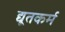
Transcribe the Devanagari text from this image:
द्यूतकर्म